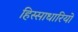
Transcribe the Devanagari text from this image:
हिस्साधारियों